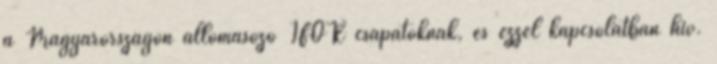
a Magyarországon állomásozó IFOR csapatoknak, és ezzel kapcsolatban hív.